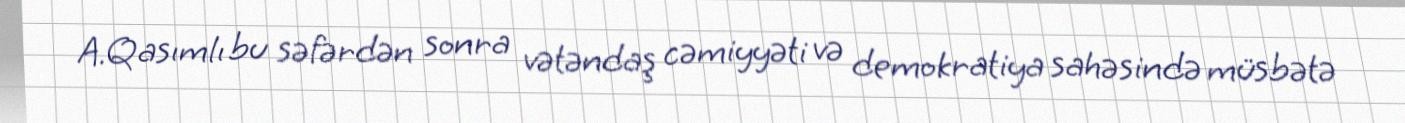
A.Qasımlı bu səfərdən sonra vətəndaş cəmiyyəti və demokratiya sahəsində müsbətə